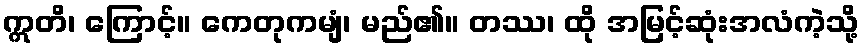
ဣတိ၊ ကြောင့်။ ကေတုကမျံ၊ မည်၏။ တဿ၊ ထို အမြင့်ဆုံးအလံကဲ့သို့